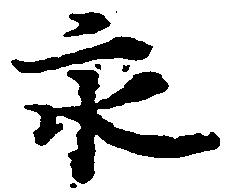
永